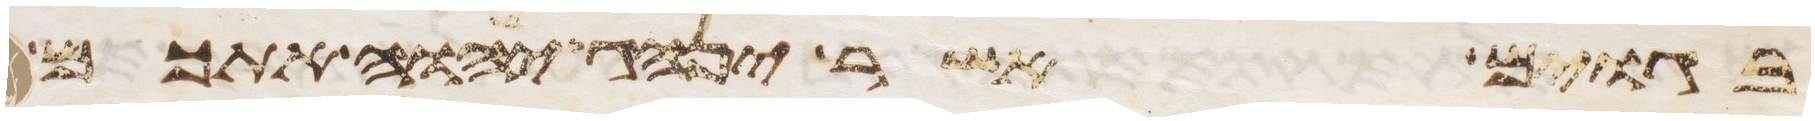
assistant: בגוים אשר ינהג יהוה אתכם